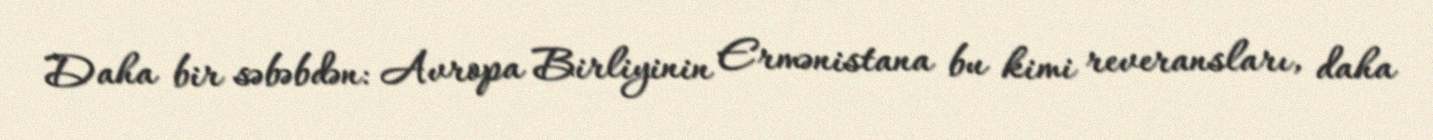
Daha bir səbəbdən: Avropa Birliyinin Ermənistana bu kimi reveransları, daha